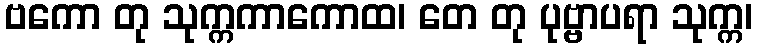
ဗကော တု သုက္ကကာကောထ၊ တေ တု ပုဗ္ဗာပရာ သုက္က၊